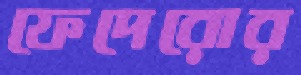
ফেদেরোর